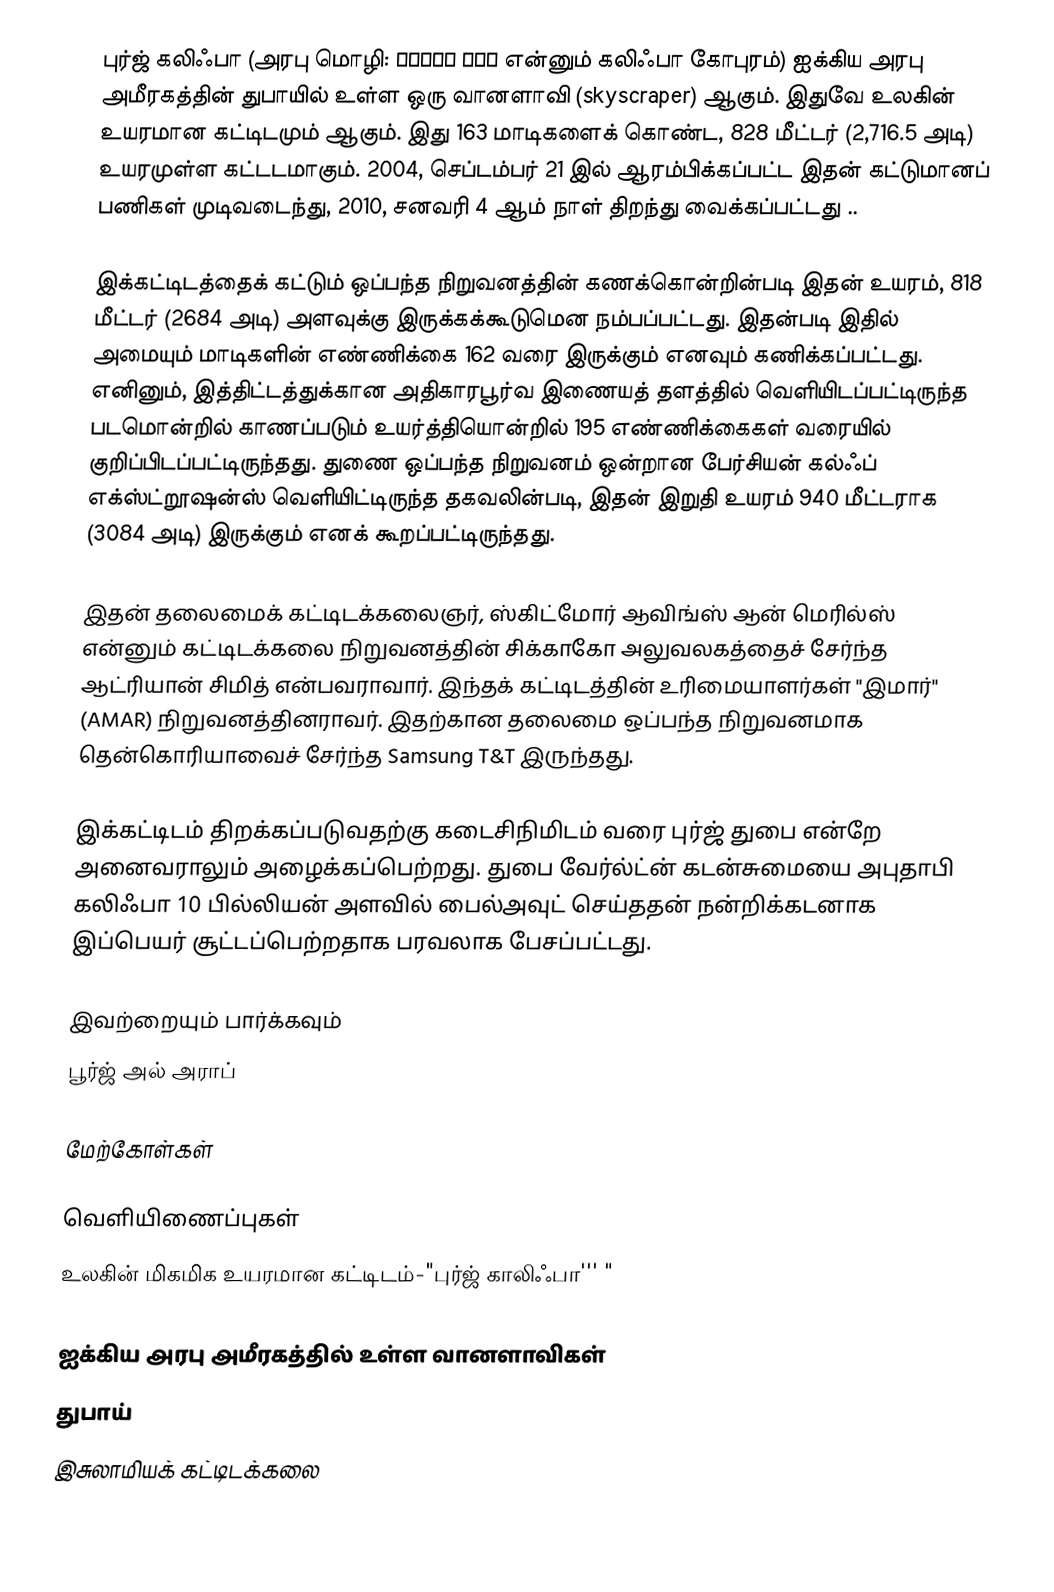
புர்ஜ் கலிஃபா (அரபு மொழி: برج خليفة என்னும் கலிஃபா கோபுரம்) ஐக்கிய அரபு அமீரகத்தின் துபாயில் உள்ள ஒரு வானளாவி (skyscraper) ஆகும். இதுவே உலகின் உயரமான கட்டிடமும் ஆகும். இது 163 மாடிகளைக் கொண்ட, 828 மீட்டர் (2,716.5 அடி) உயரமுள்ள கட்டடமாகும். 2004, செப்டம்பர் 21 இல் ஆரம்பிக்கப்பட்ட இதன் கட்டுமானப் பணிகள் முடிவடைந்து, 2010, சனவரி 4 ஆம் நாள் திறந்து வைக்கப்பட்டது ..

இக்கட்டிடத்தைக் கட்டும் ஒப்பந்த நிறுவனத்தின் கணக்கொன்றின்படி இதன் உயரம், 818 மீட்டர் (2684 அடி) அளவுக்கு இருக்கக்கூடுமென நம்பப்பட்டது. இதன்படி இதில் அமையும் மாடிகளின் எண்ணிக்கை 162 வரை இருக்கும் எனவும் கணிக்கப்பட்டது. எனினும், இத்திட்டத்துக்கான அதிகாரபூர்வ இணையத் தளத்தில் வெளியிடப்பட்டிருந்த படமொன்றில் காணப்படும் உயர்த்தியொன்றில் 195 எண்ணிக்கைகள் வரையில் குறிப்பிடப்பட்டிருந்தது. துணை ஒப்பந்த நிறுவனம் ஒன்றான பேர்சியன் கல்ஃப் எக்ஸ்ட்றூஷன்ஸ் வெளியிட்டிருந்த தகவலின்படி, இதன் இறுதி உயரம் 940 மீட்டராக (3084 அடி) இருக்கும் எனக் கூறப்பட்டிருந்தது.

இதன் தலைமைக் கட்டிடக்கலைஞர், ஸ்கிட்மோர் ஆவிங்ஸ் ஆன் மெரில்ஸ் என்னும் கட்டிடக்கலை நிறுவனத்தின் சிக்காகோ அலுவலகத்தைச் சேர்ந்த ஆட்ரியான் சிமித் என்பவராவார். இந்தக் கட்டிடத்தின் உரிமையாளர்கள் "இமார்" (AMAR) நிறுவனத்தினராவர். இதற்கான தலைமை ஒப்பந்த நிறுவனமாக தென்கொரியாவைச் சேர்ந்த Samsung T&T இருந்தது.

இக்கட்டிடம் திறக்கப்படுவதற்கு கடைசிநிமிடம் வரை புர்ஜ் துபை என்றே அனைவராலும் அழைக்கப்பெற்றது. துபை வேர்ல்ட்ன் கடன்சுமையை அபுதாபி கலிஃபா 10 பில்லியன் அளவில் பைல்அவுட் செய்ததன் நன்றிக்கடனாக இப்பெயர் சூட்டப்பெற்றதாக பரவலாக பேசப்பட்டது.

இவற்றையும் பார்க்கவும்
 பூர்ஜ் அல் அராப்

மேற்கோள்கள்

வெளியிணைப்புகள்
 உலகின் மிகமிக உயரமான கட்டிடம்-"புர்ஜ் காலிஃபா''' "

ஐக்கிய அரபு அமீரகத்தில் உள்ள வானளாவிகள்
துபாய்
இசுலாமியக் கட்டிடக்கலை